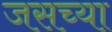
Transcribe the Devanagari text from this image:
जसच्या